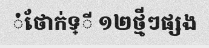
ំ់ថែាក់ទ្ី ១២ថ្មីៗផ្សង